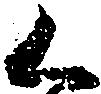
く